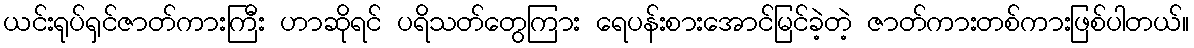
ယင်းရုပ်ရှင်ဇာတ်ကားကြီး ဟာဆိုရင် ပရိသတ်တွေကြား ရေပန်းစားအောင်မြင်ခဲ့တဲ့ ဇာတ်ကားတစ်ကားဖြစ်ပါတယ်။